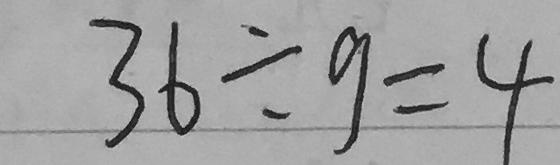
3 6 \div 9 = 4